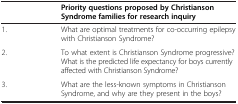
|  | Priority questions proposed by Christianson Syndrome families for research inquiry |
 | --- | --- |
 | 1. | What are optimal treatments for co-occurring epilepsy with Christianson Syndrome? |
 | 2. | To what extent is Christianson Syndrome progressive? What is the predicted life expectancy for boys currently affected with Christianson Syndrome? |
 | 3. | What are the less-known symptoms in Christianson Syndrome, and why are they present in the boys? |